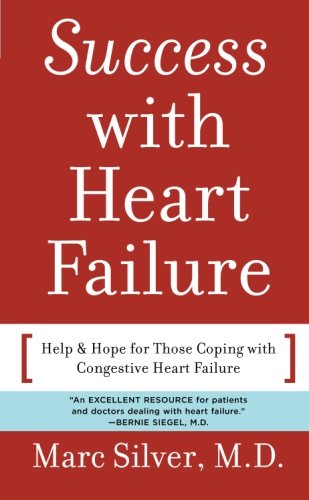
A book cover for Success with Heart Failure (mass mkt ed): Help and Hope for Those with Congestive Heart Failure; Marc Silver; Health, Fitness & Dieting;